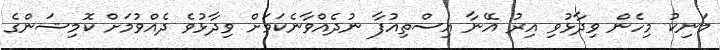
މަނިކު މިހެން ވިދާޅުވި އިރު އޭނާ އިސްތިއުފާ ނުދެއްވާނެކަމަށް ވިދާޅުވެ ދެއްވުމަށް ކޮމިޝަންގެ